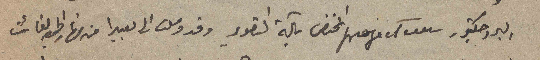
البروجكتور projecteur المختص بآلة التصوير وقد وصلت الى بعبدا من نهار الجمعه الفائت